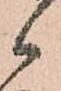
候